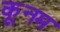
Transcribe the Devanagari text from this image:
कूनम